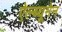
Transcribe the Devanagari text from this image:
ऐल्ब्यूमेन